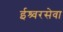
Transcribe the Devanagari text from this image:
ईश्र्वरसेवा